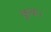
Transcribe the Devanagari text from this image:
कुक।